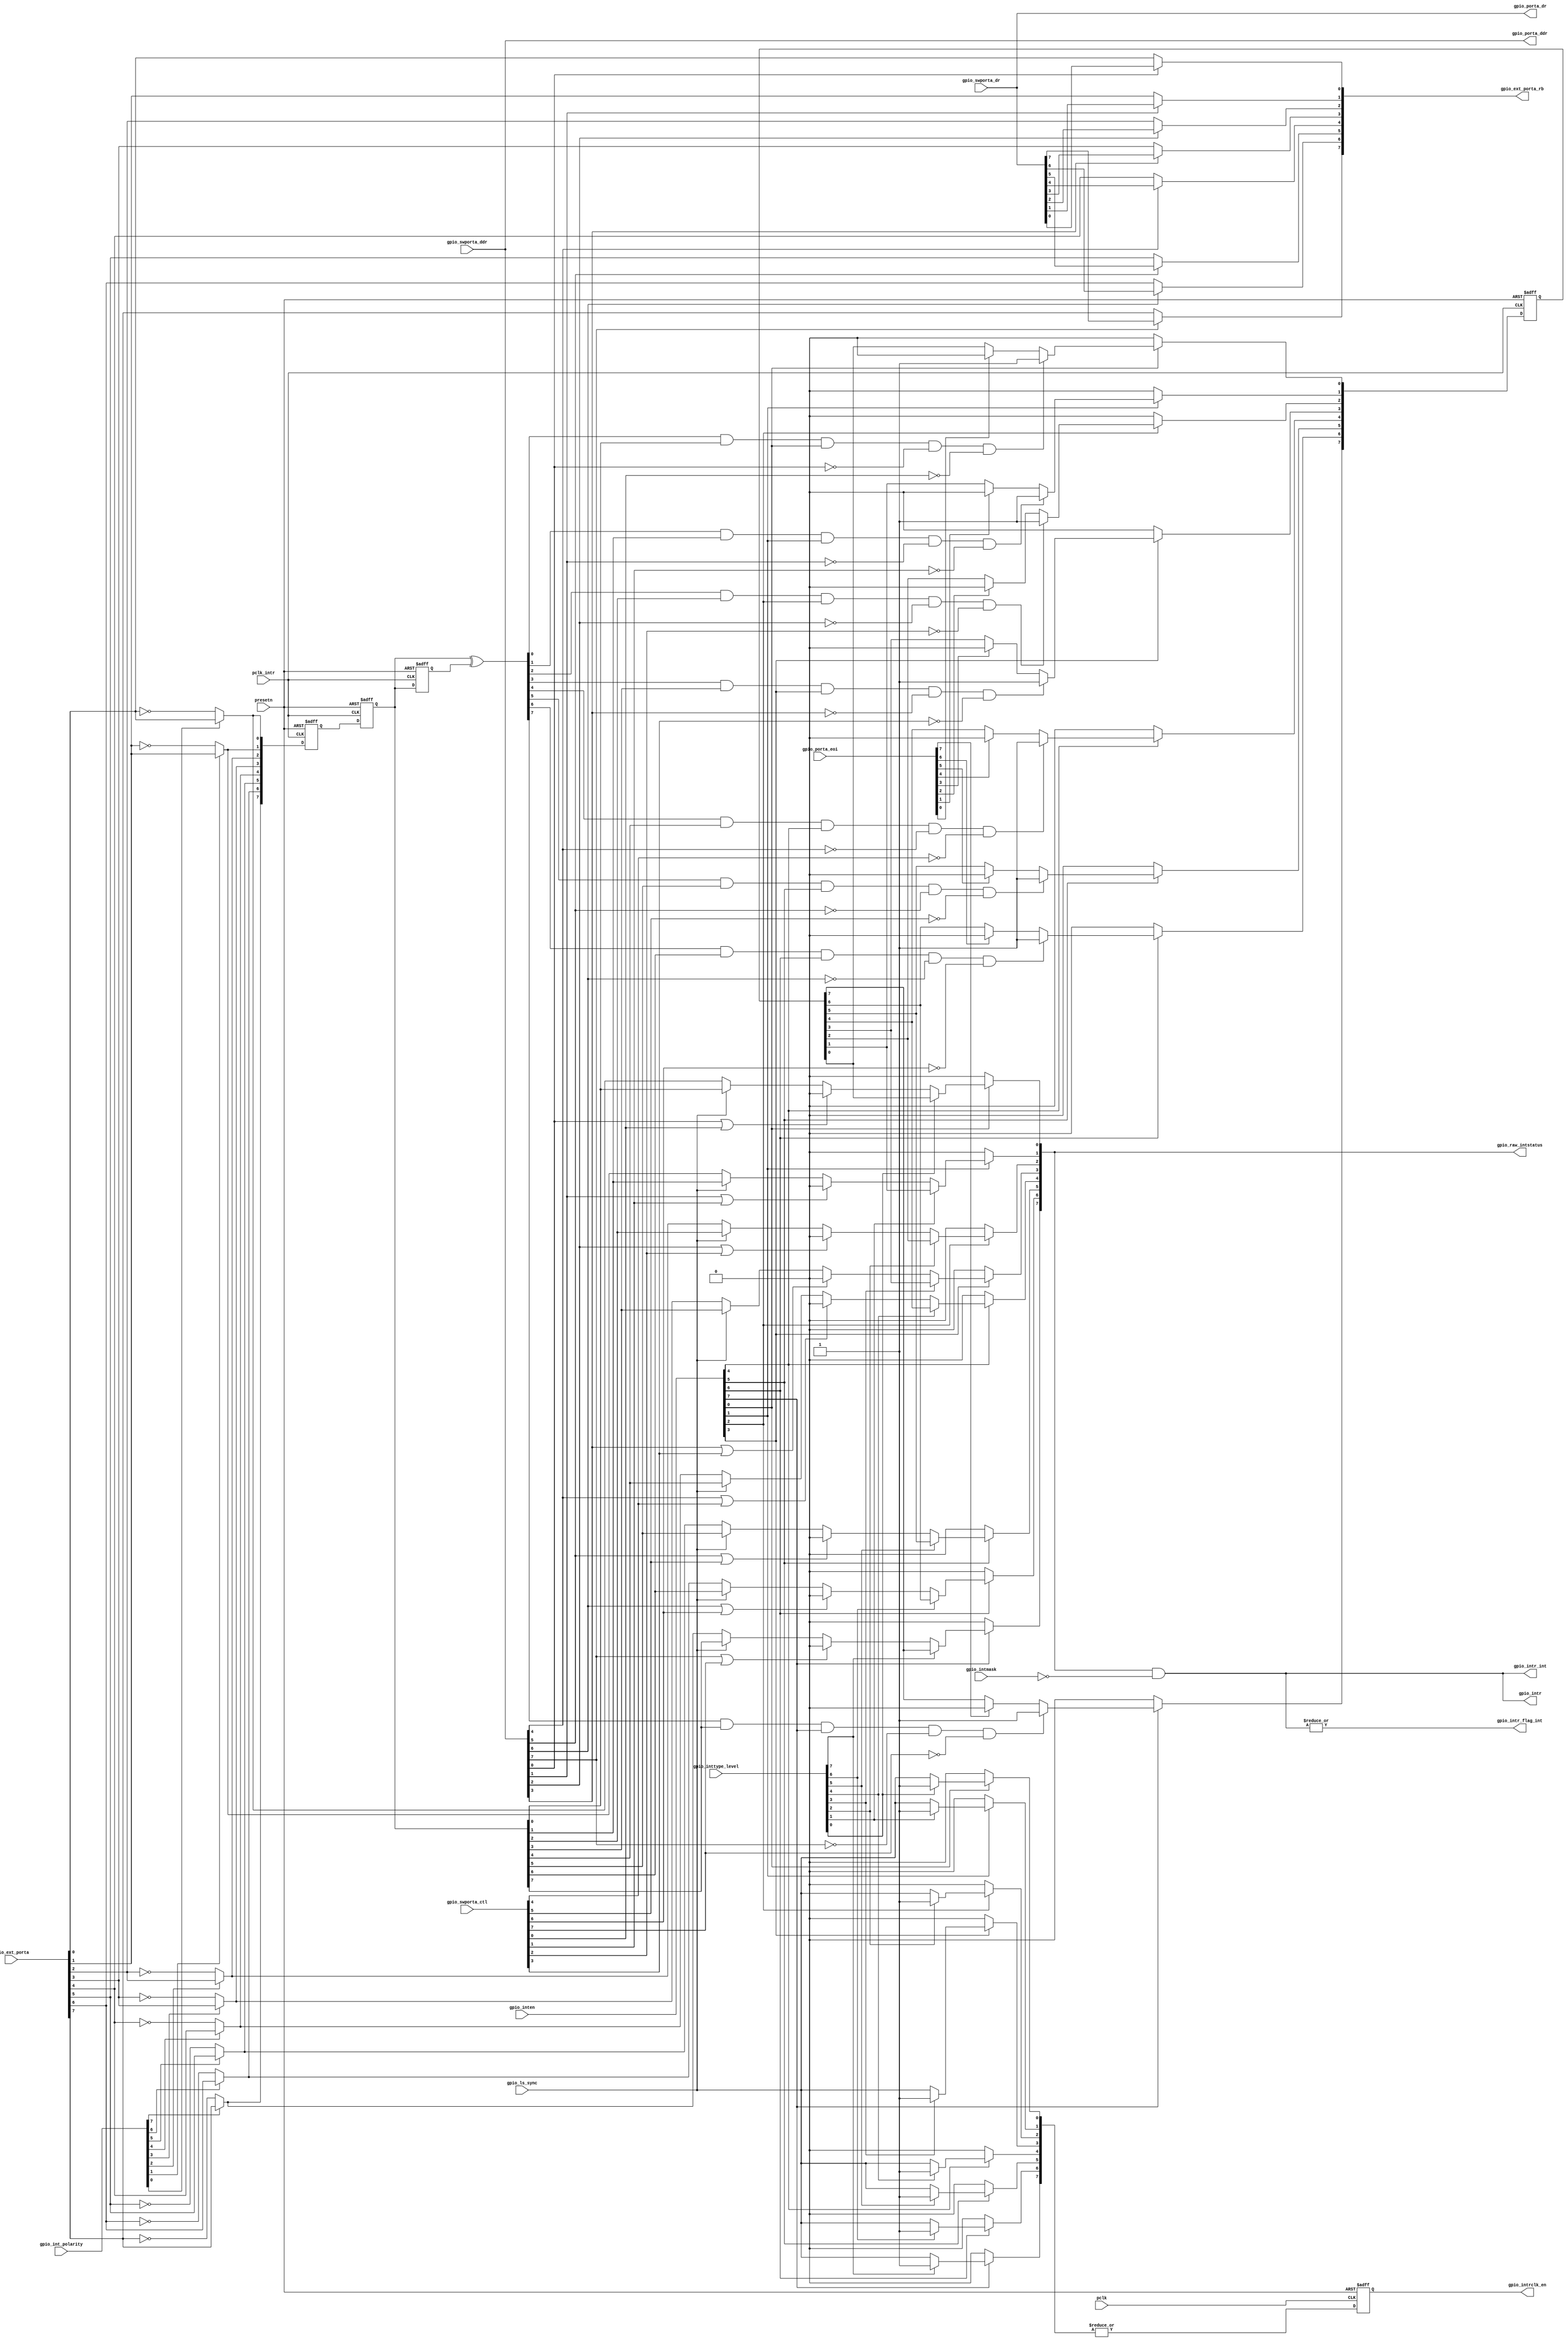
/*Copyright 2018-2021 T-Head Semiconductor Co., Ltd.

Licensed under the Apache License, Version 2.0 (the "License");
you may not use this file except in compliance with the License.
You may obtain a copy of the License at

    http://www.apache.org/licenses/LICENSE-2.0

Unless required by applicable law or agreed to in writing, software
distributed under the License is distributed on an "AS IS" BASIS,
WITHOUT WARRANTIES OR CONDITIONS OF ANY KIND, either express or implied.
See the License for the specific language governing permissions and
limitations under the License.
*/

// &ModuleBeg; @21
module gpio_ctrl(
  gpio_ext_porta,
  gpio_ext_porta_rb,
  gpio_int_polarity,
  gpio_inten,
  gpio_intmask,
  gpio_intr,
  gpio_intr_flag_int,
  gpio_intr_int,
  gpio_intrclk_en,
  gpio_inttype_level,
  gpio_ls_sync,
  gpio_porta_ddr,
  gpio_porta_dr,
  gpio_porta_eoi,
  gpio_raw_intstatus,
  gpio_swporta_ctl,
  gpio_swporta_ddr,
  gpio_swporta_dr,
  pclk,
  pclk_intr,
  presetn
);

// &Ports; @22
input   [7:0]  gpio_ext_porta;           
input   [7:0]  gpio_int_polarity;        
input   [7:0]  gpio_inten;               
input   [7:0]  gpio_intmask;             
input   [7:0]  gpio_inttype_level;       
input          gpio_ls_sync;             
input   [7:0]  gpio_porta_eoi;           
input   [7:0]  gpio_swporta_ctl;         
input   [7:0]  gpio_swporta_ddr;         
input   [7:0]  gpio_swporta_dr;          
input          pclk;                     
input          pclk_intr;                
input          presetn;                  
output  [7:0]  gpio_ext_porta_rb;        
output  [7:0]  gpio_intr;                
output         gpio_intr_flag_int;       
output  [7:0]  gpio_intr_int;            
output         gpio_intrclk_en;          
output  [7:0]  gpio_porta_ddr;           
output  [7:0]  gpio_porta_dr;            
output  [7:0]  gpio_raw_intstatus;       

// &Regs; @23
reg     [7:0]  ed_int_d1;                
reg     [7:0]  ed_out;                   
reg     [7:0]  gpio_ext_porta_int;       
reg     [7:0]  gpio_ext_porta_rb;        
reg     [7:0]  gpio_intr_ed_pm;          
reg            gpio_intrclk_en;          
reg     [7:0]  gpio_porta_ddr;           
reg     [7:0]  gpio_porta_dr;            
reg     [7:0]  int_gpio_raw_intstatus;   
reg     [7:0]  int_pre_in;               
reg     [7:0]  int_s1;                   
reg     [7:0]  int_sy_in;                
reg     [7:0]  intrclk_en;               
reg     [7:0]  ls_int_in;                

// &Wires; @24
wire    [7:0]  ed_rf;                    
wire    [7:0]  gpio_ext_porta;           
wire    [7:0]  gpio_int_polarity;        
wire    [7:0]  gpio_inten;               
wire    [7:0]  gpio_intmask;             
wire    [7:0]  gpio_intr;                
wire           gpio_intr_flag_int;       
wire    [7:0]  gpio_intr_int;            
wire           gpio_intrclk_en_int;      
wire    [7:0]  gpio_inttype_level;       
wire           gpio_ls_sync;             
wire    [7:0]  gpio_porta_eoi;           
wire    [7:0]  gpio_raw_intstatus;       
wire    [7:0]  gpio_swporta_ctl;         
wire    [7:0]  gpio_swporta_ctl_internal; 
wire    [7:0]  gpio_swporta_ddr;         
wire    [7:0]  gpio_swporta_dr;          
wire    [7:0]  int_in;                   
wire           pclk;                     
wire           pclk_intr;                
wire           presetn;                  


// &Force("output", "gpio_intr"); @26
// &Force("output", "gpio_intr_int"); @27
// &Force("output", "gpio_raw_intstatus"); @28
// &Force("output", "gpio_porta_ddr"); @29

// gpio_intrclk_en output asserted if any bit of port
// a is enabled for edge sensitive interrupts or
// any bit of port a is enabled for level sensitive
// interrupts and level sensitive synchronisation
// is required.
integer type_i;
// &CombBeg; @37
always @( gpio_inttype_level[1:0]
       or gpio_ls_sync
       or gpio_inten[7:0]
       or gpio_inttype_level[7:1])
begin

  for(type_i = 0 ; type_i < 8 ; type_i=type_i+1)
  begin
    if(gpio_inten[type_i] == 1'b1)
      if(gpio_inttype_level[type_i] == 1'b1)
        intrclk_en[type_i] = 1'b1;
      else
        intrclk_en[type_i] = gpio_ls_sync;
    else
      intrclk_en[type_i] = 1'b0;
  end
// &CombEnd; @49
end

assign gpio_intrclk_en_int = | intrclk_en;

always@(posedge pclk or negedge presetn)
begin
  if(!presetn)
    gpio_intrclk_en <= 1'b0;
  else
    gpio_intrclk_en <= gpio_intrclk_en_int;
end

// Input is inverted for falling edge or active low 
// sensitive interrupts.
integer polarity_i;
// &CombBeg; @64
always @( gpio_ext_porta[1:0]
       or gpio_int_polarity[7:0]
       or gpio_ext_porta[7:0]
       or gpio_int_polarity[1:0])
begin
  gpio_ext_porta_int[7:0] = {8{1'b0}};
  for(polarity_i = 0 ; polarity_i < 8 ; polarity_i=polarity_i+1)
  begin
    if(gpio_int_polarity[polarity_i] == 1'b0)
      gpio_ext_porta_int[polarity_i] =  ~gpio_ext_porta[polarity_i];
    else
      gpio_ext_porta_int[polarity_i] =  gpio_ext_porta[polarity_i];
  end
// &CombEnd; @73
end

// &CombBeg; @75
always @( gpio_ext_porta_int[7:0])
begin
  int_sy_in[7:0] = {8{1'b0}};
  int_sy_in[7:0] = gpio_ext_porta_int[7:0];
// &CombEnd; @78
end

// Meta-stabilty registers. Synchronize to pclk_intr. 
always @(posedge pclk_intr or negedge presetn)
begin
  if(!presetn)
    int_s1[7:0] <= {8{1'b0}};
  else
    int_s1[7:0] <= int_sy_in[7:0];
end

always @(posedge pclk_intr or negedge presetn)
begin 
  if(!presetn)
    int_pre_in[7:0] <= {8{1'b0}};
  else
    int_pre_in[7:0] <= int_s1;
end

assign int_in[7:0] = int_pre_in[7:0];

// edge detect circuitry.
always @(posedge pclk_intr or negedge presetn)
begin
  if(!presetn)
    ed_int_d1[7:0] <= {8{1'b0}};
  else
    ed_int_d1[7:0] <= int_in[7:0];
end

assign ed_rf[7:0] = int_in ^ ed_int_d1;

// Rising edge detect 
integer ed_j;
// &CombBeg; @112
always @( ed_rf[7:0]
       or int_in[7:0])
begin

  ed_out[7:0] = {8{1'b0}};
  for(ed_j = 0 ; ed_j < 8 ; ed_j=ed_j+1)
  begin
    ed_out[ed_j] =  ed_rf[ed_j] & int_in[ed_j];
  end
// &CombEnd; @119
end

// edge detect interrupt register pre-masking. If edge detection
// occurs at same time as write to interrupt clear register then 
// write to interrupt clear register will not clear the interrupt. 
// Interrupts can only be set when direction is input and in 
// software mode.
assign gpio_swporta_ctl_internal[7:0] = gpio_swporta_ctl[7:0];
integer int_k;
always @(posedge pclk_intr or negedge presetn)
begin
  if(!presetn)
    gpio_intr_ed_pm[7:0] <= {8{1'b0}};
  else
    for(int_k = 0 ; int_k < 8 ; int_k=int_k+1)
    begin
      if(gpio_inten[int_k] == 1'b0)
        gpio_intr_ed_pm[int_k] <= 1'b0;
      else
        if((ed_out[int_k] == 1'b1) &&
           (gpio_inten[int_k] == 1'b1) &&
           (gpio_swporta_ddr[int_k] == 1'b0) &&
           (gpio_swporta_ctl_internal[int_k] == 1'b0))
          gpio_intr_ed_pm[int_k] <= 1'b1;
      else
        if(gpio_porta_eoi[int_k] == 1'b1)
          gpio_intr_ed_pm[int_k] <= 1'b0;
    end
end

// Level senistive interrupts may pass through synchronization 
// and debounce logic. Under S/W control.
// Interrupts can only be set when direction is input and in
// software mode.
integer lsa_k;

// &CombBeg; @155
always @( int_in[7:0]
       or gpio_swporta_ddr[7:0]
       or gpio_swporta_ctl_internal[2:0]
       or gpio_ls_sync
       or int_sy_in[7:0]
       or gpio_swporta_ctl_internal[7:2])
begin
  ls_int_in[7:0] = {8{1'b0}};
  for(lsa_k = 0 ; lsa_k < 8 ; lsa_k=lsa_k+1)
  begin
    if(((gpio_swporta_ddr[lsa_k]) == 1'b1) ||  
        (gpio_swporta_ctl_internal[lsa_k] == 1'b1))
      ls_int_in[lsa_k] = 0;
    else
      if(gpio_ls_sync == 1'b1)
        ls_int_in[lsa_k] = int_in[lsa_k];
      else
        ls_int_in[lsa_k] = int_sy_in[lsa_k];
  end
// &CombEnd; @168
end

// Level or edge sensitive interrupts 
integer raw_l;

// &CombBeg; @173
always @( gpio_inten[7:3]
       or gpio_intr_ed_pm[2:0]
       or gpio_intr_ed_pm[7:1]
       or gpio_inten[4:0]
       or gpio_inttype_level[7:0]
       or ls_int_in[7:0])
begin
  int_gpio_raw_intstatus[7:0] = {8{1'b0}};
  for(raw_l = 0 ; raw_l < 8 ; raw_l=raw_l+1)
  begin
    if(gpio_inten[raw_l] == 1'b0)
      int_gpio_raw_intstatus[raw_l] = 0;
    else
      if(gpio_inttype_level[raw_l] == 1'b1)
        int_gpio_raw_intstatus[raw_l] = gpio_intr_ed_pm[raw_l];
      else
        int_gpio_raw_intstatus[raw_l] = ls_int_in[raw_l];
  end
// &CombEnd; @185
end

assign gpio_raw_intstatus[7:0] = int_gpio_raw_intstatus[7:0];
assign gpio_intr_int[7:0] = gpio_raw_intstatus[7:0] & ~gpio_intmask[7:0]; 
assign gpio_intr[7:0] = gpio_intr_int[7:0];

assign gpio_intr_flag_int = |gpio_intr_int[7:0];
// &CombBeg; @192
always @( gpio_swporta_dr[7:0])
begin
  gpio_porta_dr[7:0] = {8{1'b0}};
  gpio_porta_dr[7:0] = gpio_swporta_dr[7:0];
// &CombEnd; @195
end

// &CombBeg; @197
always @( gpio_swporta_ddr[7:0])
begin
  gpio_porta_ddr[7:0] = {8{1'b0}};
  gpio_porta_ddr[7:0] = gpio_swporta_ddr[7:0];
// &CombEnd; @200
end

integer rba_i;

// &CombBeg; @204
always @( gpio_swporta_dr[2:1]
       or gpio_ext_porta[7:0]
       or gpio_swporta_dr[7:0]
       or gpio_porta_ddr[7:0])
begin
  gpio_ext_porta_rb[7:0] = {8{1'b0}};
  for(rba_i = 0 ; rba_i < 8 ; rba_i=rba_i+1)
  begin
    if(gpio_porta_ddr[rba_i] == 1'b1)
      gpio_ext_porta_rb[rba_i] = gpio_swporta_dr[rba_i];
    else
      gpio_ext_porta_rb[rba_i] = gpio_ext_porta[rba_i];
  end
// &CombEnd; @213
end

integer rbb_i;

// &ModuleEnd; @217
endmodule